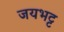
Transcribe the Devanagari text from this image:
जयभट्ट